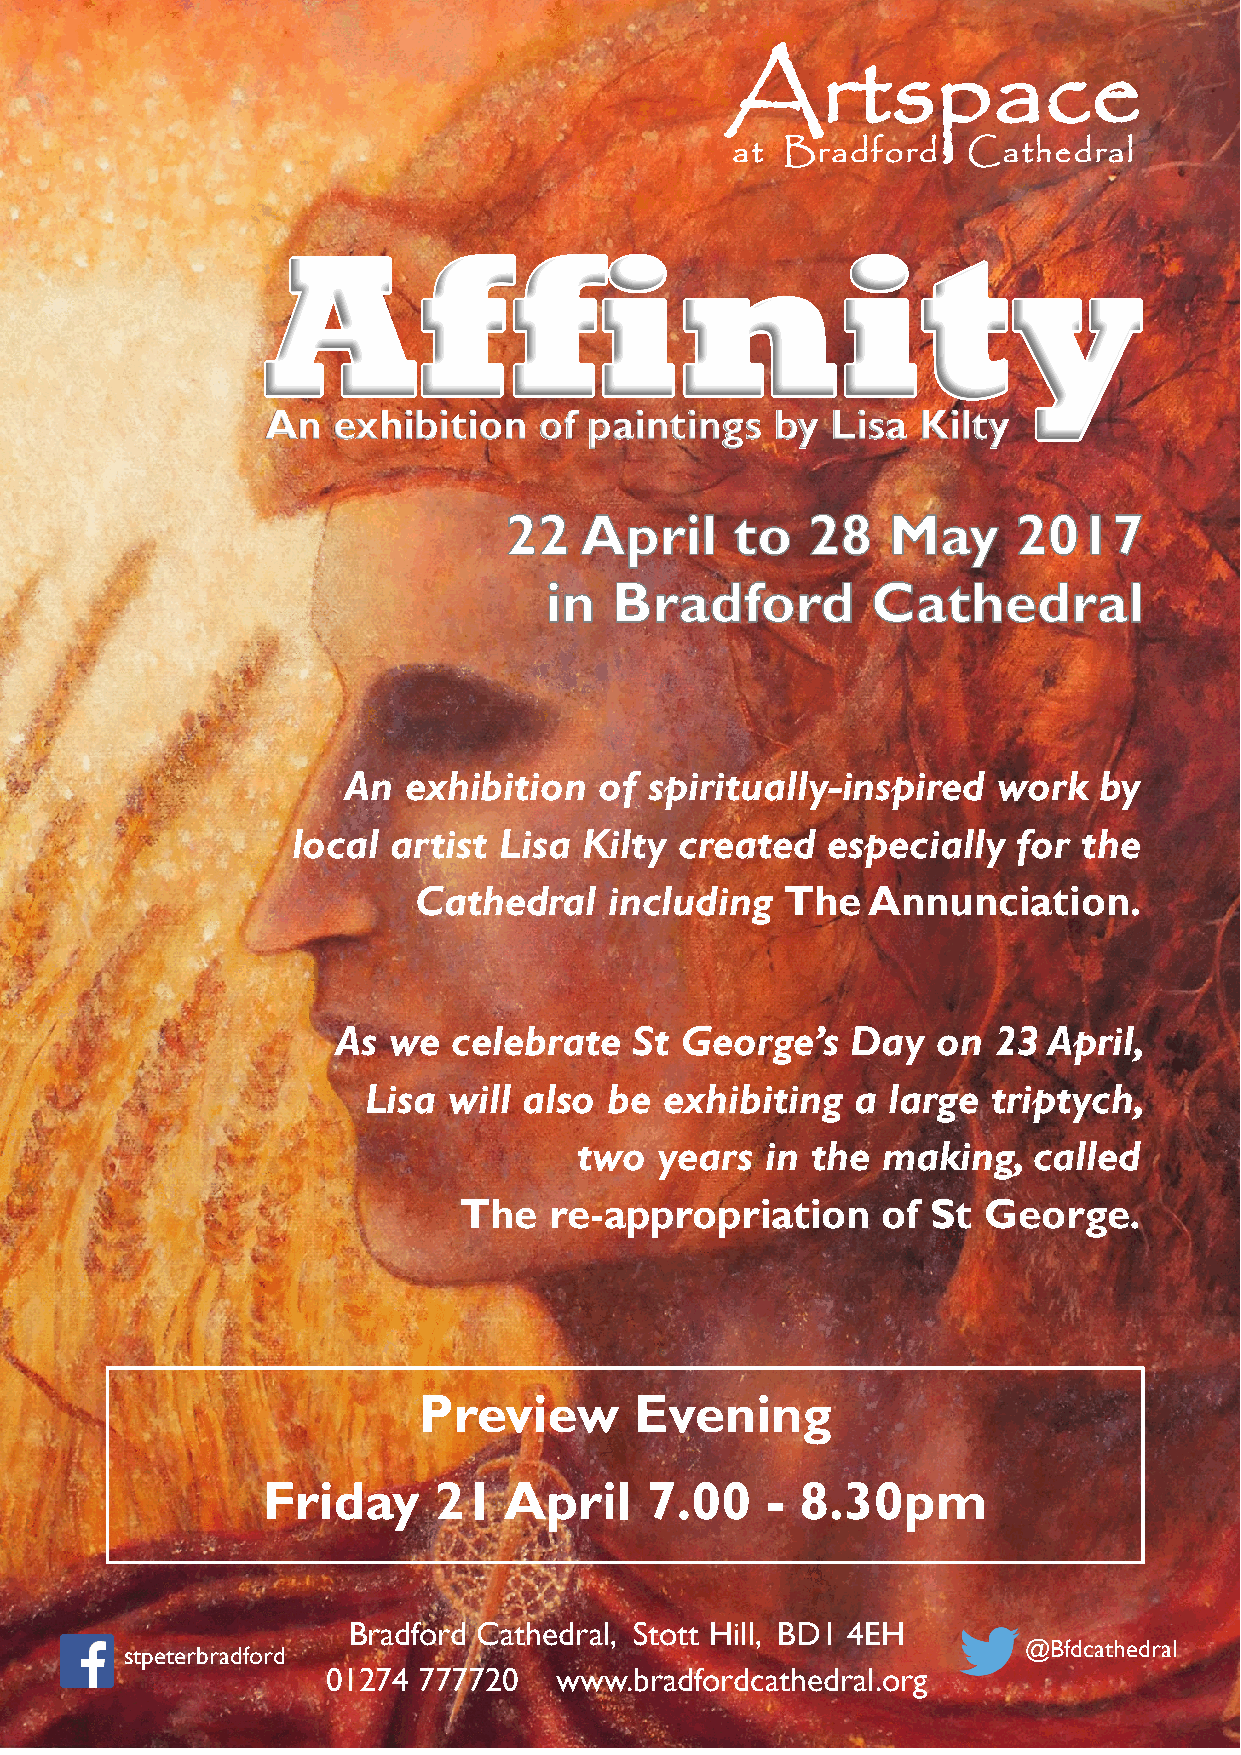
Artspace
 at  Bradford    Cathedral
 Affinity
 An  exhibition    of paintings   by  Lisa  Kilty
 An  exhibition   of spiritually-inspired   work   by
 local  artist Lisa  Kilty created   especially  for  the
 Cathedral    including   The  Annunciation.
 As  we  celebrate   St George’s   Day   on  23 April,
 Lisa  will also be  exhibiting  a  large  triptych,
 two   years  in the making,   called
 The   re-appropriation      of  St George.
 Preview       Evening
 Friday      21  April     7.00    - 8.30pm
 Bradford Cathedral, Stott Hill, BD1 4EH
 @Bfdcathedral
 stpeterbradford
 01274 777720   www.bradfordcathedral.org